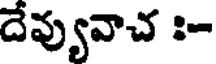
దేవ్యువాచ :-